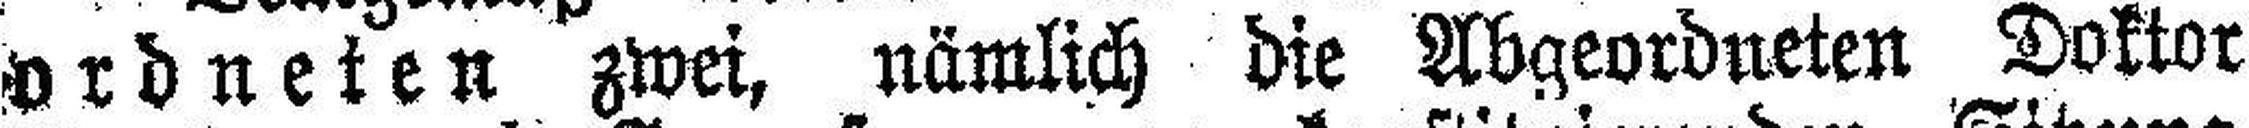
ordneten zwei, nämlich die Abgeordneten Doktor